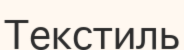
Текстиль